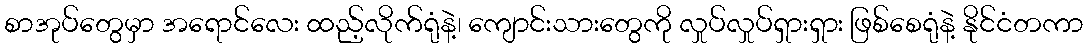
စာအုပ်တွေမှာ အရောင်လေး ထည့်လိုက်ရုံနဲ့၊ ကျောင်းသားတွေကို လှုပ်လှုပ်ရှားရှား ဖြစ်စေရုံနဲ့ နိုင်ငံတကာ